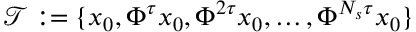
\mathcal { T } : = \{ x _ { 0 } , \Phi ^ { \tau } x _ { 0 } , \Phi ^ { 2 \tau } x _ { 0 } , \ldots , \Phi ^ { N _ { s } \tau } x _ { 0 } \}